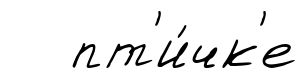
пт'и́чк'е